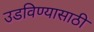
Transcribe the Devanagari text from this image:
उडविण्यासाठी